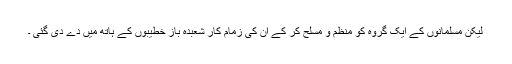
لیکن مسلمانوں کے ایک گروہ کو منظم و مسلح کر کے ان کی زمام کار شعبدہ باز خطیبوں کے ہاتھ میں دے دی گئی ۔